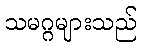
သမဂ္ဂများသည်